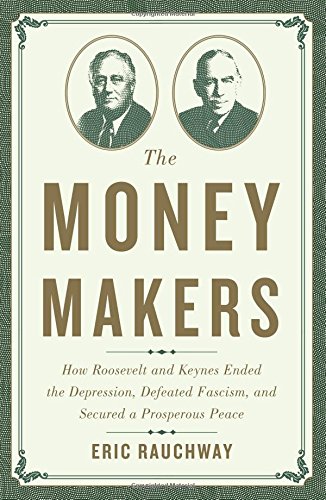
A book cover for The Money Makers: How Roosevelt and Keynes Ended the Depression, Defeated Fascism, and Secured a Prosperous Peace; Eric Rauchway; Business & Money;